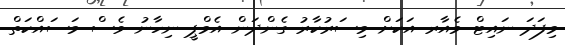
މިފަދަ ނައިޓް މެއާރ އަކަށް މިސަރުކާރު ގެންދަން އެމްޕީ ނިހާނު ވެސް މަސައްކަތް